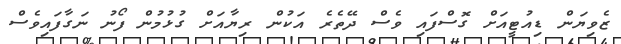
ޒެވިޔަން ޑިއުޓީއަށް ގޮސްފައި ވެސް ދޭތެރެ އަކުން ރިޔާއަށް ގުޅުމުން ފޯނު ނަގާފައިވެސް